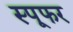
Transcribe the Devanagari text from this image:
स्पूफर